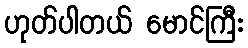
ဟုတ်ပါတယ် မောင်ကြီး